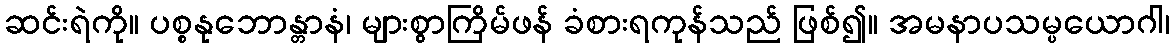
ဆင်းရဲကို။ ပစ္စနုဘောန္တာနံ၊ များစွာကြိမ်ဖန် ခံစားရကုန်သည် ဖြစ်၍။ အမနာပသမ္ပယောဂါ၊